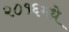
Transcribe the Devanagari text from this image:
२०१६मधे